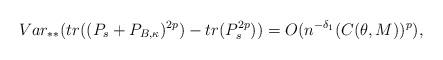
LaTeX: \begin{align*} Var_{**}(tr((P_s+P_{B,\kappa})^{2p})-tr(P_s^{2p}))=O(n^{-\delta_1}(C(\theta,M))^{p}),\end{align*}